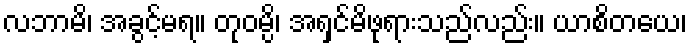
လဘာမိ၊ အခွင့်မရ။ တုဝမ္ပိ၊ အရှင်မိဖုရားသည်လည်း။ ယာစိတယေ၊